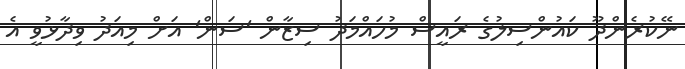
ނޭކުރެންދޫ ކައުންސިލުގެ ރައީސް މުހައްމަދު ސިޒާން 'ސަން' އަށް މިއަދު ވިދާޅުވީ އެ